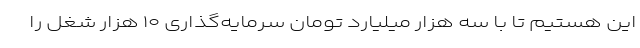
این هستیم تا با سه هزار میلیارد تومان سرمایه‌گذاری ۱۰ هزار شغل را